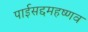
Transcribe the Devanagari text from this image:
पाईसद्दमहष्णव